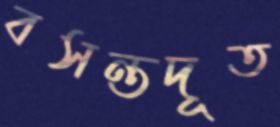
বসন্তদূত